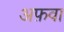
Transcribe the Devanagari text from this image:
अफ़वा